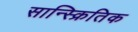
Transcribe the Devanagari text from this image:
सान्स्क्रितिक